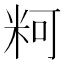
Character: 𰪲